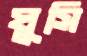
ঘুসি